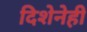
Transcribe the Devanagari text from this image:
दिशेनेही